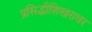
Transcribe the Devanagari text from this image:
प्रसिद्धीशिखरावर